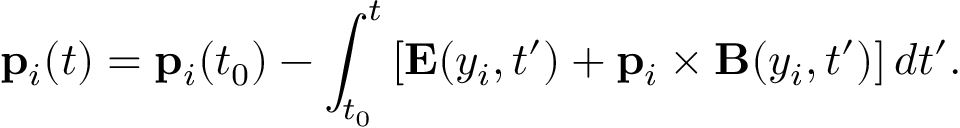
\mathbf { p } _ { i } ( t ) = \mathbf { p } _ { i } ( t _ { 0 } ) - \int _ { t _ { 0 } } ^ { t } \left[ \mathbf { E } ( y _ { i } , t ^ { \prime } ) + \mathbf { p } _ { i } \times \mathbf { B } ( y _ { i } , t ^ { \prime } ) \right] d t ^ { \prime } .